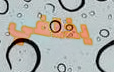
يختفي